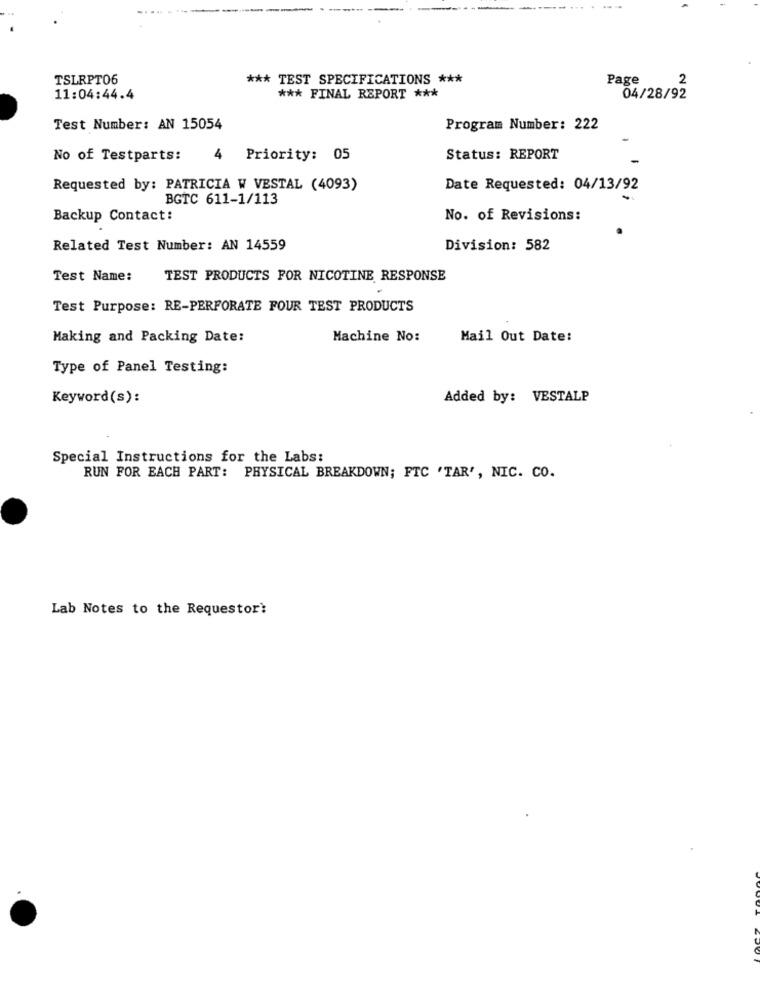
TSLRPT06
*** TEST SPECIFICATIONS ***
Page
2
11:04:44.4
*** FINAL REPORT ***
04/28/92
Test Number: AN 15054
Program Number: 222
No of Testparts:
4 Priority: 05
Status: REPORT
Requested by: PATRICIA W VESTAL (4093)
Date Requested: 04/13/92
BGTC 611-1/113
Backup Contact:
No. of Revisions:
Related Test Number: AN 14559
Division: 582
Test Name:
TEST PRODUCTS FOR NICOTINE RESPONSE
Test Purpose: RE-PERFORATE FOUR TEST PRODUCTS
Making and Packing Date:
Machine No:
Mail Out Date:
Type of Panel Testing:
Keyword(s):
Added by: VESTALP
Special Instructions for the Labs:
RUN FOR EACH PART: PHYSICAL BREAKDOWN; FTC 'TAR', NIC. CO.
Lab Notes to the Requestor?